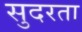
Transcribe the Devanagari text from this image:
सुदरता